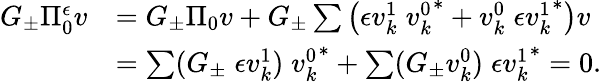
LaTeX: \begin{array}{rl}{G_{\pm}\Pi_{0}^{\epsilon}v}&{=G_{\pm}\Pi_{0}v+G_{\pm}\sum\left({\epsilon}v_{k}^{1}\; {v_{k}^{0}}^{\ast}+v_{k}^{0}\; {{\epsilon}v_{k}^{1}}^{\ast}\right)v}\\ &{=\sum(G_{\pm}\; {\epsilon}v_{k}^{1})\; {v_{k}^{0}}^{\ast}+\sum(G_{\pm}v_{k}^{0})\; {{\epsilon}v_{k}^{1}}^{\ast}=0.}\end{array}